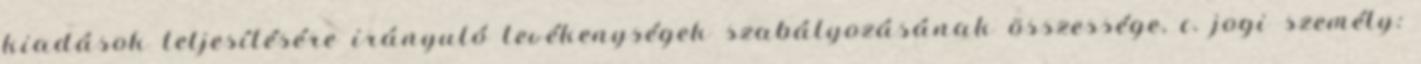
kiadások teljesítésére irányuló tevékenységek szabályozásának összessége, c. jogi személy: